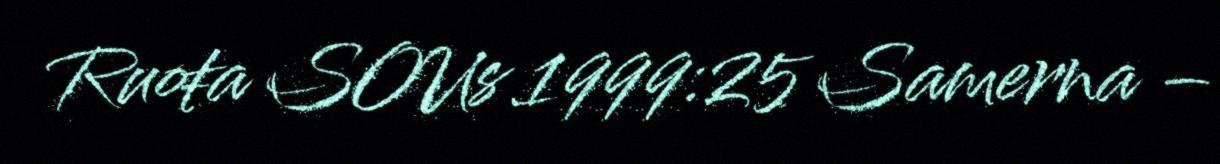
Ruoŧa SOUs 1999:25 Samerna –